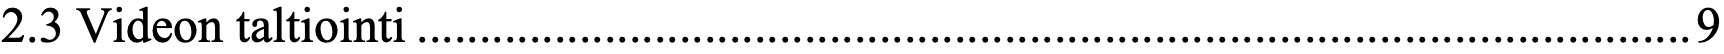
2.3 Videon taltiointi......................................................................................................9